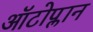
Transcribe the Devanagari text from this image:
ऑटोप्लान